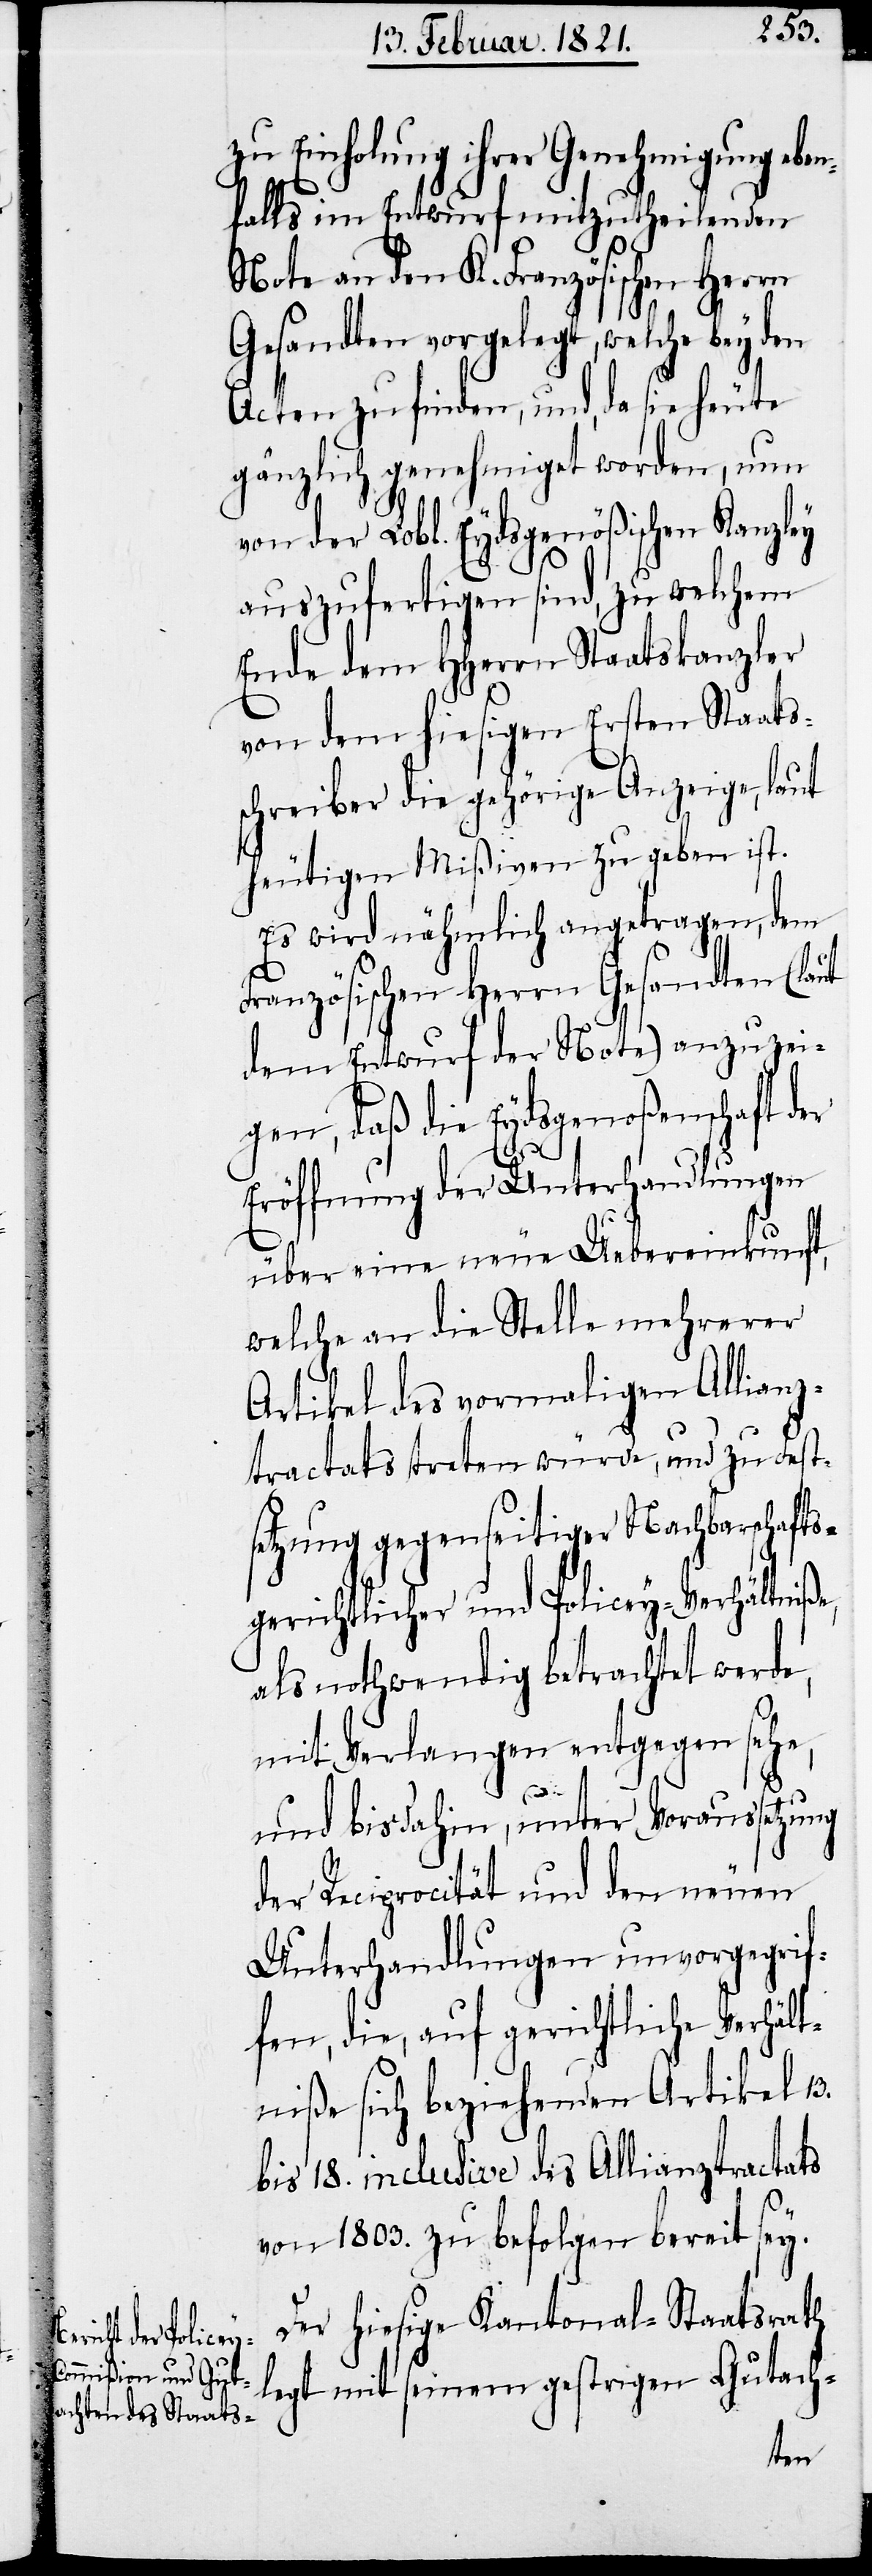
zu Einholung ihrer Genehmigung ebe¬
nfalls im Entwurf mitzutheilenden
Note an den K. Französischen Herrn
Gesandten vorgelegt, welche
Acten zu finden, und, da sie heute
gänzlich genehmiget worden, nun
von der Lobl. Eydsgenößischen Kanzley
auszufertigen sind, zu welchem
Ende dem HHerrn Staatskanzler
von dem hiesigen Ersten Staats¬
schreiber die gehörige Anzeige, laut
heutigen Mißiven zu geben ist.
Es wird nähmlich angetragen, dem
Französischen Herrn Gesandten (lauf
dem Entwurf der Note) anzuzeig¬
en, daß die Eydsgenoßenschaft
Eröffnung der Unterhandlungen
über eine neue Uebereinkunft,
welche an die Stelle mehrerer
Artikel des vormaligen Allianz¬
tractats treten würde, und zu Fort¬
setzung gegenseitiger Nachbarschafts¬
gerichtlicher und Policey-Verhältniße,
als nothwendig betrachtet werde,
mit Verlangen entgegen sehe,
und bisdahin, unter Voraussetzung
der Reciprocität und den neuen
Unterhandlungen unvorgegrif¬
fen, die, auf gerichtliche Verhält¬
niße sich beziehenden Artikel 13.
bis 18. inclusive des Allianztractats
von 1803. zu befolgen bereit sey.
Der hiesige Kantonal-Staatsrath
legt mit seinem gestrigen Gutach-